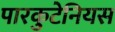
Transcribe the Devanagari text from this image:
पारकुटेनियस